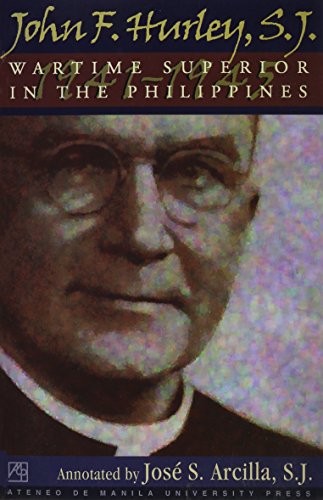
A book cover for John F. Hurley, S.J.: Wartime Superior (1941-1945) in the Philippines; History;